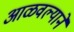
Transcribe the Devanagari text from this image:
आळवल्याने